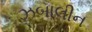
ઝબાલીન